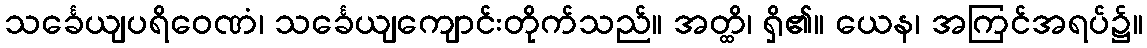
သင်္ခေယျပရိဝေဏံ၊ သင်္ခေယျကျောင်းတိုက်သည်။ အတ္ထိ၊ ရှိ၏။ ယေန၊ အကြင်အရပ်၌။